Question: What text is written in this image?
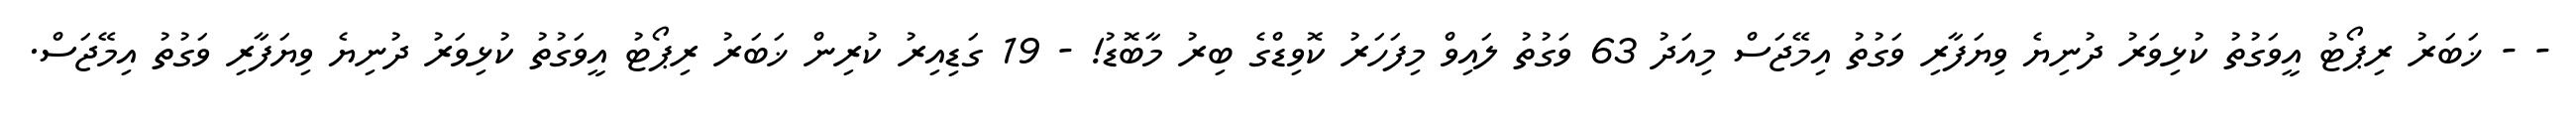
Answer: - - ޚަބަރު ރިޕޯޓު އީވަގުތު ކުޅިވަރު ދުނިޔެ ވިޔަފާރި ވަގުތު އިމޭޖަސް މިއަދު 63 ވަގުތު ލައިވް މިފަހަރު ކޮވިޑްގެ ބިރު މާބޮޑު! - 19 ގަޑިއިރު ކުރިން ޚަބަރު ރިޕޯޓު އީވަގުތު ކުޅިވަރު ދުނިޔެ ވިޔަފާރި ވަގުތު އިމޭޖަސް.